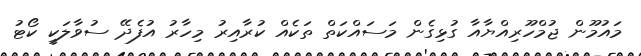
މައުމޫން ޖުމްހޫރިއްޔާއާ ގުޅިގެން މަސައްކަތް ތަކެއް ކުރާއިރު މިހާރު އުފެދޭ ސުވާލަކީ ކޯޓު